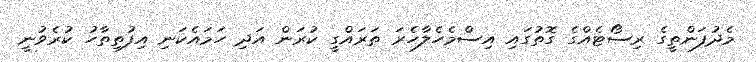
މެދުފަންތީގެ ރިސޯޓެއްގެ ގޮތުގައި އިސްމެހެލާހެރަ ތަރައްގީ ކުރަން އަދި ހަމައެކަނި އިފުތިތާހު ކުރެވުނީ